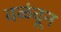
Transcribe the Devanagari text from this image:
वळंवून